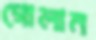
গোলাম